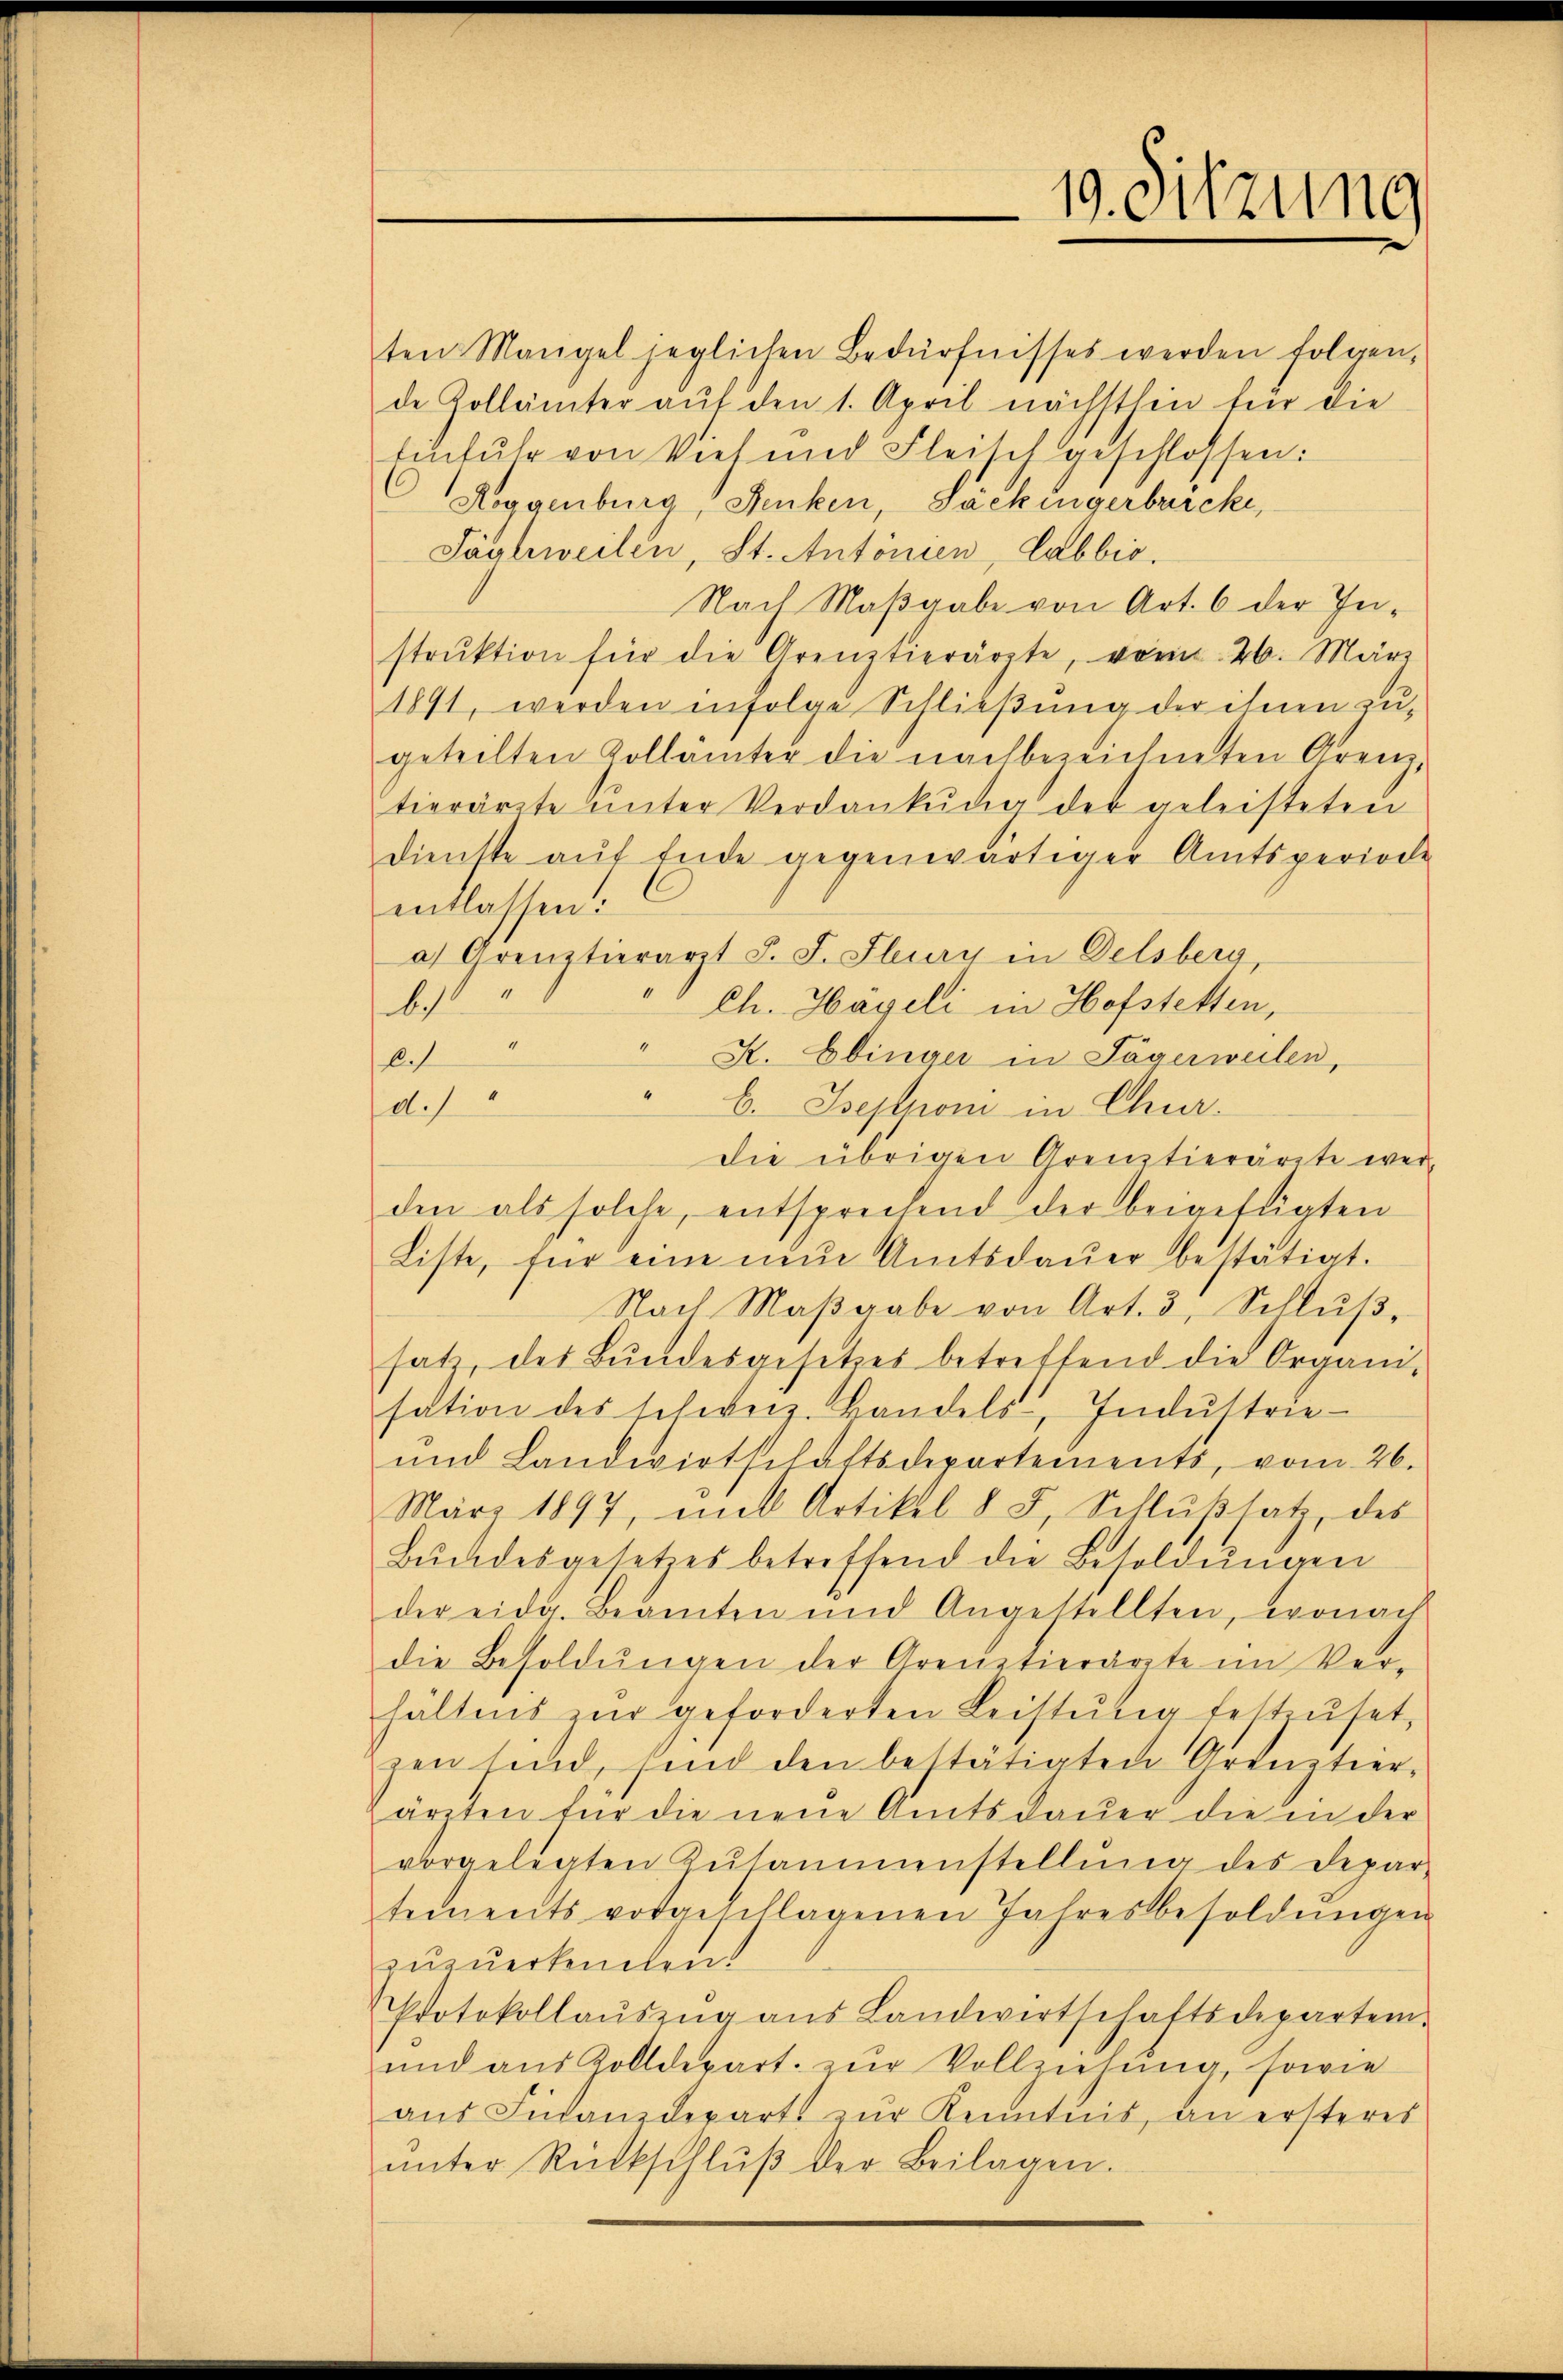
19. Sitzung

ten Mangel jeglichen Bedürfnisses werden folgen,
de Zollämter auf den 1. April nächsthin für die
Einfuhr von Vieh und Fleisch geschlossen:
Roggenburg, Fenken, Säckingerbricke,
Söslweilen, St. Antonien, Labbić.
Nach Maβgabe von Art. 6 der In-
strŭktion für die Grenztierärzte, vorn 26. März
1891, werden infolge Schließung der ihnen zu-
geteilten Kollämter die nachbezeichneten Grenz,
tierärzte ŭnter Verdankŭng der geleisteten
dienste aŭf Ende gegenwärtiger Amtsperiode
entlassen:
a) Grenztierarzt J. J. Flury in Delsberg,
b.
Ch. Hageli in Hofstetten,
f
" Kt. Ebinger in Sägerweilen,
d.1
b. Iseptrom in Chur-
Die übrigen Grenztierärzte werden als solche, entsprechend der beigefügten
Liste, für eine nun Amtsdaŭer bestätigt.
Nach Maβgabe von Art. 3, Schlŭβ-
satz, des Bŭndesgesetzes betreffend die Organi-
sation des schweiz. Handels, Indŭstrie-
und Landwirtschaftsdepartements, vom 26.
März 1897, mit Artikel 8 J. Schlŭβsatz des
Bŭndesgesetzes betreffend die Besoldŭngen
der eidg. Beamten und Angestellten, wonach
die Besoldŭngen der Grenztierärzte im Ver-
hältnis zŭr geforderten Leistŭng festzŭsetz
zen sind, sind den bestätigten Grenztier-
ärzten für die neue Amtsdauer die in der
vorgelegten Zŭsammenstellŭng des Depar-
tements vorgeschlagenen Jahresbesoldŭngen
zuzuerkennen.
Protokollaŭszŭg aŭs Landwirtschaftsdepartem
und aus Zolldepart. zur Vollziehung, sowie
aŭs Finanzdepart zŭr Kenntnis, an ersteres
ŭnter Rückschlŭβ der Beilagen.